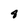
Character: 4